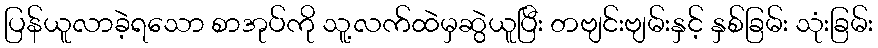
ပြန်ယူလာခဲ့ရသော စာအုပ်ကို သူ့လက်ထဲမှဆွဲယူပြီး တဗျင်းဗျမ်းနှင့် နှစ်ခြမ်း သုံးခြမ်း